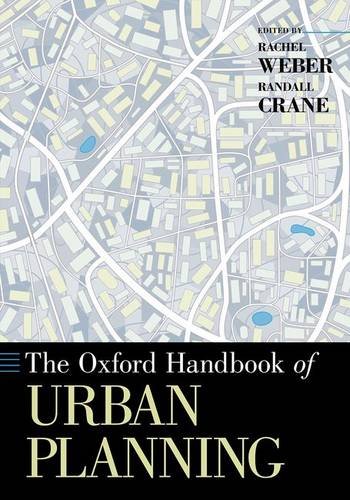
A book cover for The Oxford Handbook of Urban Planning (Oxford Handbooks); Business & Money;